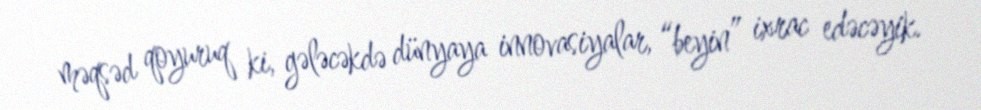
məqsəd qoyuruq ki, gələcəkdə dünyaya innovasiyalar, “beyin” ixrac edəcəyik.